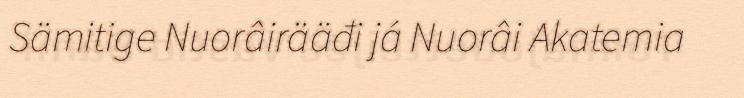
Sämitige Nuorâirääđi já Nuorâi Akatemia